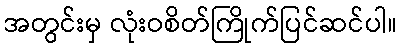
အတွင်းမှ လုံးဝစိတ်ကြိုက်ပြင်ဆင်ပါ။